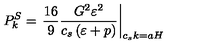
P _ { k } ^ { S } = \left. \frac { 1 6 } { 9 } \frac { G ^ { 2 } \varepsilon ^ { 2 } } { c _ { s } \left( \varepsilon + p \right) } \right| _ { c _ { s } k = a H }